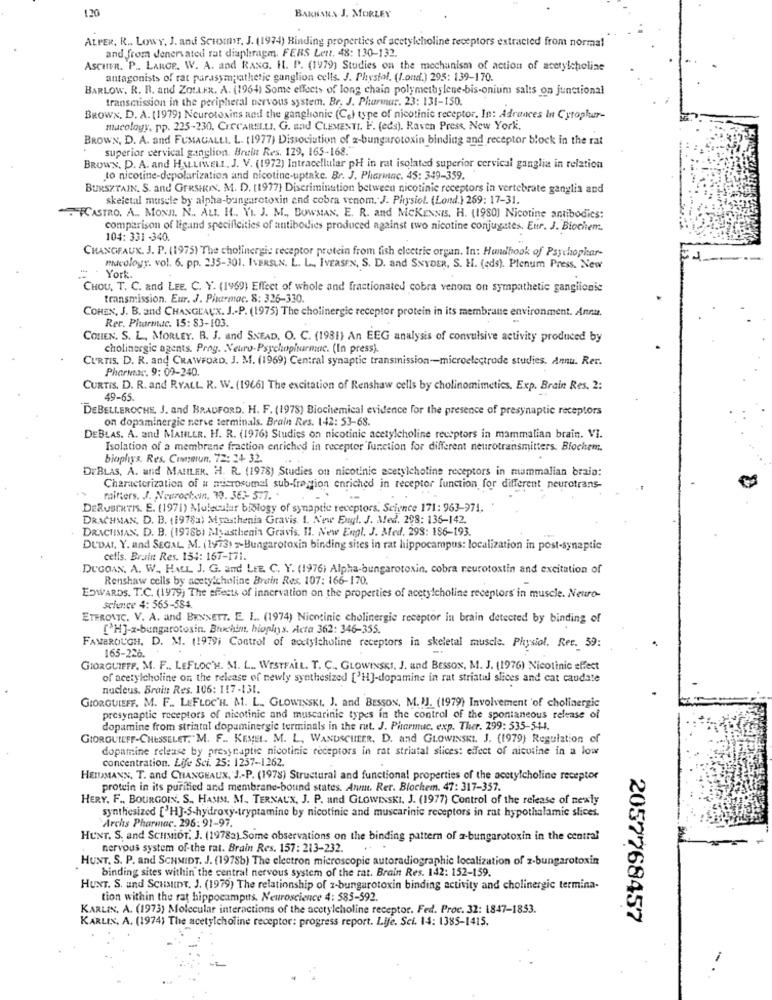
120
BAKHANN J. MORLEY
ALPER, R .. LowY, J. and Scustar, J. (1974) Binding properties of acetylcholine receptors extracted from normal
and from Jenervated rat diaphragm. FERS Lett. 48: 130-132.
AscHER. P .. LARGE. W. A. and RANG. H. P. (1979) Studies on the mechanism of action of acetylcholine
antagonists of rat parasympathetic sungtion cells. J. Phystol. (Land.) 295: 139-170.
BARLOW. R. R. and Zott.FR. A. (1964) Some effects of long chain polymethylene-bis-onium salts on junctional
transmission in the peripheral nervous system. Br, J. Pharmur. 23: 131-150.
BROWN, D. A. (1979] Neurotoxins and the ganglionic (Ce) type of nicotinic receptor, In: Adrances In Cytopher-
mucology, pp. 225-230. CICCARELLI. G. and CLEMENTI. F. (eds), Raven Press, New York,
BROWN, D. A. and FUMAGALLI. L. (1977) Dissociation of z-bungarotoxin binding and receptor block in the rat
superior cervical ganglion. Bruin Res. 129, 165-168."
BROWN, D. A. and HALLIWELL, J. V. (1972) Intracellular PH in rat isolated superior cervical ganglia in relation
to nicotine-depolarization and nicotine-uptake. Br. J. Pharmac. 45: 349-359.
BURSZTAIN. S. and GERSHRIN, M. D. (1977) Discrimination between nicotinic receptors in vertebrate ganglia and
skeletal muscle by alpha-bungarotoxin and cobra venom. J. Physiol. (Loud.) 269: 17-31.
FCASTRO. A .. MONn. N .. ALL. H .. VI. J. M ., BOWMAN. E. R. and MCKENNIs. H. (1980) Nicotine antibodies:
comparison of ligand specificities of antibodies produced against two nicotine conjugates. Eur. J. Biochem.
104: 331 -340.
CHANGEAUX. J. P. (1975) The cholinergic receptor protein from fish electric organ. In: Handbook of Psychophar-
mycology. vol. 6. pp. 235-301. IVERSEN. L. L ., IVERSEN, S. D. and SNYDER, S. H. (eds). Plenum Press. New
York.
CHOU, T. C. and LEE. C. Y. (1969) Effect of whole and fractionated cobra venom on sympathetic ganglionic
transmission. Eur. J. Pharmac. 8: 326-330.
COHEN, J. B. and CHANGEAUX. J .- P. (1975) The cholinergic receptor protein in its membrane environment. Anna.
Rec. Pharmac. 15: 83-103.
COHEN. S. L ., MORLEY. B. J. and SNEAD. O. C. (1981) An EEG analysis of convulsive activity produced by
cholinergic agents. Prog. Neuro Psychopharmac. (In press).
CURTIS, D. R. and CRAWFORD. J. M. (1969) Central synaptic transmission-microelectrode studies. Annu. Rer.
Pharmac. 9: 09-240.
CURTIS. D. R. and RYALL. R. W. (19661 The excitation of Renshaw cells by cholinomimetics. Exp. Brain Res. 2:
49-65.
DEBELLEROCHE. J. and BRADFORD. H. F. (1978) Biochemical evidence for the presence of presynaptic receptors
on dopaminergic nerve terminals. Brain Res. 142: 53-68.
DEBLAS. A. and MAHLER. H. R. (1976) Studies on nicotinic acetylcholine receptors in mammalian brain. VI.
Isolation of a membrane fraction enriched in receptor function for different neurotransmitters. Blochem.
biophys. Res. Commun, 72: 24 32.
DEBLAS, A. and MAIILER, H. R. (1978) Studies on nicotinic acetylcholine receptors in mammalian braio:
Characterization of a microsumal sub-fraction enriched in receptor function for different neurotrans-
mitters. J. Neurochein, 30. 363- 577. .
DERUBERTIS. E. (1971) Molecular biology of synaptic receptors. Science 171: 963-971.
DRACHMAN. D. B. (1978a) Myasthenia Gravis. 1. Now Engl. J. Med. 208: 136-142.
DRACHMAN. D. B. (1978b) Myasthenia Gravis. Il. New Engl. J. Med. 298: 186-193.
DUDAI. Y. and SEGAL M. (1973) = Bungarotoxin binding sites in rat hippocampus: localization in post-synaptic
cells. Brain Res. 154: 167-171.
DUGOAN. A. W ., HALL J. G. and LEE. C. Y. (1976) Alpha-bungarotoxin, cobra reurotostin and excitation of
Renshaw cells by acetylcholine Brain Res. 107: 166-170.
EDWARDS. T.C. (1979) The effects of innervation on the properties of acetylcholine receptors in muscle. Neuro-
science 4: 565-584.
ETEROVIC. V. A. and BENNETT. E. L. (1974) Nicocinie cholinergic receptor in brain detected by binding of
['H]-x-bungarotosin. Bruchim, hioplys. Acta 362: 346-355.
FAMBROUGH, D. M. (1979; Control of acetylcholine receptors in skeletal muscle. Physiol. Rec. 39:
165-226.
GIORGLIEFP. M. F .. LEFLOC'H. M. L. WESTFALL. T. C ., GLOWINSKI, J. und BESSON, M. J. (1976) Nicotinic effect
of acetylcholine on the release of newly synthesized ['H]-dopamine in rat striatul slices and cat caudate
nucleus. Brait Res. 106: 117-131.
GIORGUIEFF. M. F .. LEFLOC'H. M. L. GLOWINSKI. J. and BESSON, M. IJ. (1979) Involvement 'of cholinergic
presynaptic receptors of nicotinic and muscarinie types in the control of the spontaneous release of
dopamine from striatal dopaminergie terminals in the rat. J. Pharmuc, exp. Ther. 299: 535-511.
GIORGUILFF-CHESSELET,"M. F .. KEME. M. L. WANDSCHEER. D. and GLOWINSKI. J. (1979) Regulation of
dopamine release by presynaptic nicotinic receptors in rat striatal slices: effect of nicotine in a low
concentration. Life Sci. 25: 1257-1262.
HEIDMANN, T. and CHANGEAUX. J .- P. (1978) Structural and functional properties of the acetylcholine receptor
protein in its purified and membrane-bound states. Ann. Rer. Blockem. 47: 317-357.
HERY. F ., BOURGOIN. S ., HAMM. M. TERNAUX, J. P. and GLOWINSKI. J. (1977) Control of the release of newly
synthesized ['HJ-3-hydroxy-tryptamine by nicotinic and muscarinic receptors in rat hypothalamic slices.
Archs Pharmac. 296: 91-97.
HUNT. S. and SCHMioT. J. (1978a) Some observations on the binding pattern of a-bungarotoxin in the central
nervous system of-the rat. Brain Res. 157: 213-232.
HUNT, S. P. and SCHMIDT. J. (1978b) The electron microscopic autoradiographic localization of z-bungarotoxin
binding sites within the central nervous system of the rat. Brain Res. 142: 152-159.
HUNT. S. and SCHMIDT. J. (1979) The relationship of z-bungarotoxin binding activity and cholinergic termina-
tion within the rat hippocampus. Neuroscience 4: 585-592.
KARLIN. A. (1973) Molecular interactions of the acetylcholine receptor. Fed. Proc. 32: 1847-1853.
KARLIN, A. (1974) The acetylcholine receptor: progress report. Life. Sei. 14: 1385-1415.
2057768457